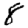
Digit: 8